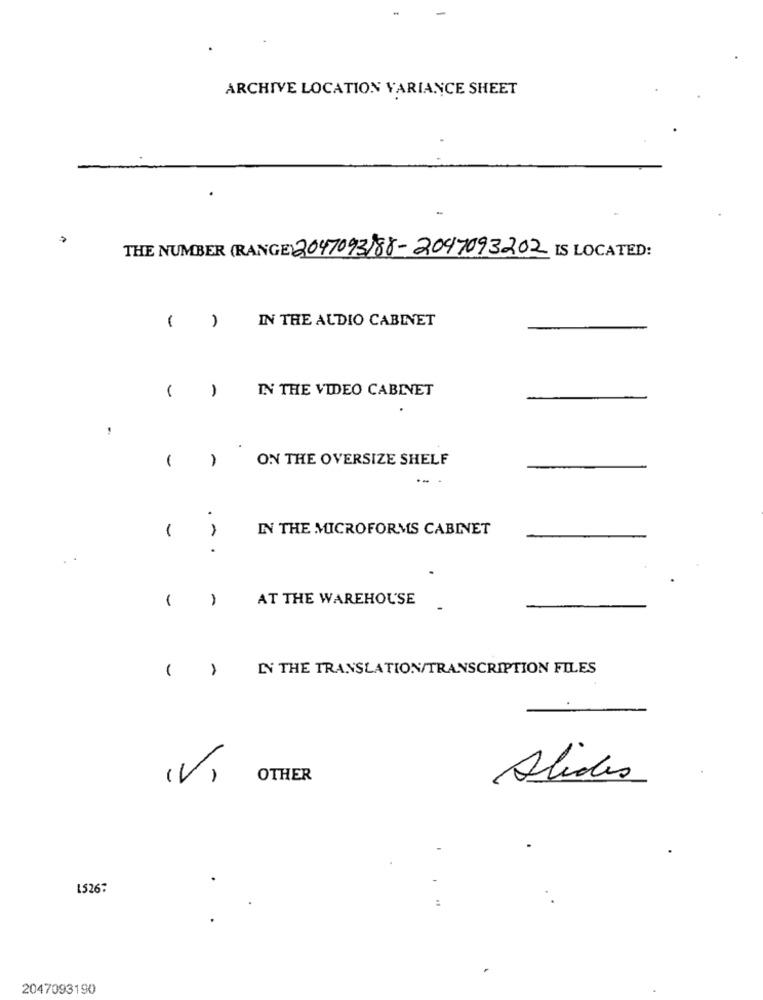
ARCHIVE LOCATION VARIANCE SHEET
-
THE NUMBER (RANGE) 2047093)88-2047093202 IS LOCATED:
IN THE AUDIO CABINET
( )
IN THE VIDEO CABINET
ON THE OVERSIZE SHELF
-
.
IN THE MICROFORMS CABINET
.-
.
1
1
AT THE WAREHOUSE
IN THE TRANSLATION/TRANSCRIPTION FILES
( )
(V)
OTHER
Alides
1526:
:
2047093190